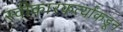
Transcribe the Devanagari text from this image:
स्वीकारकर्त्यांकडून